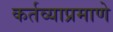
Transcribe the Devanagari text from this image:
कर्तव्याप्रमाणे